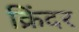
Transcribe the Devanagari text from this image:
क्रिंदर